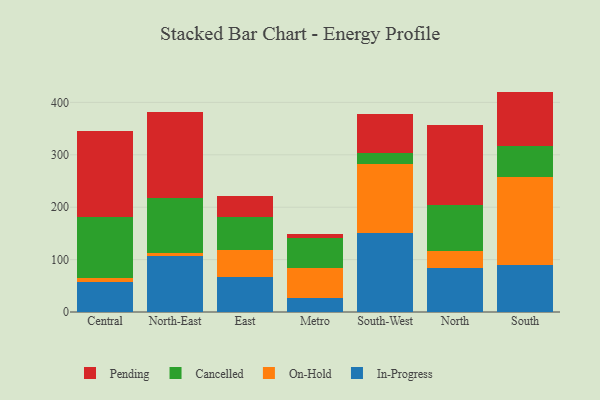
{"axis": {"x": "Region", "y": "Production Output"}, "legend": ["Cancelled", "In-Progress", "On-Hold", "Pending"], "data": [{"x": "Central", "y": 56.4, "type": "In-Progress"}, {"x": "Central", "y": 8.5, "type": "On-Hold"}, {"x": "Central", "y": 117.3, "type": "Cancelled"}, {"x": "Central", "y": 162.7, "type": "Pending"}, {"x": "North-East", "y": 107.4, "type": "In-Progress"}, {"x": "North-East", "y": 5.2, "type": "On-Hold"}, {"x": "North-East", "y": 104.4, "type": "Cancelled"}, {"x": "North-East", "y": 165.3, "type": "Pending"}, {"x": "East", "y": 67.2, "type": "In-Progress"}, {"x": "East", "y": 50.6, "type": "On-Hold"}, {"x": "East", "y": 63.9, "type": "Cancelled"}, {"x": "East", "y": 40.1, "type": "Pending"}, {"x": "Metro", "y": 26.1, "type": "In-Progress"}, {"x": "Metro", "y": 58.0, "type": "On-Hold"}, {"x": "Metro", "y": 56.2, "type": "Cancelled"}, {"x": "Metro", "y": 8.9, "type": "Pending"}, {"x": "South-West", "y": 150.2, "type": "In-Progress"}, {"x": "South-West", "y": 133.0, "type": "On-Hold"}, {"x": "South-West", "y": 20.5, "type": "Cancelled"}, {"x": "South-West", "y": 75.0, "type": "Pending"}, {"x": "North", "y": 83.2, "type": "In-Progress"}, {"x": "North", "y": 33.7, "type": "On-Hold"}, {"x": "North", "y": 87.5, "type": "Cancelled"}, {"x": "North", "y": 152.2, "type": "Pending"}, {"x": "South", "y": 89.3, "type": "In-Progress"}, {"x": "South", "y": 169.0, "type": "On-Hold"}, {"x": "South", "y": 58.5, "type": "Cancelled"}, {"x": "South", "y": 103.8, "type": "Pending"}]}